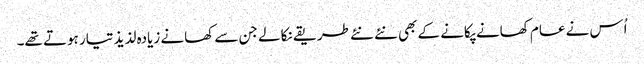
اُس نے عام کھانے پکانے کے بھی نئے نئے طریقے نکالے جن سے کھانے زیادہ لذیذ تیار ہوتے تھے۔